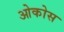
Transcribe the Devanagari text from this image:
ओकोस